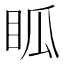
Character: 𥄼